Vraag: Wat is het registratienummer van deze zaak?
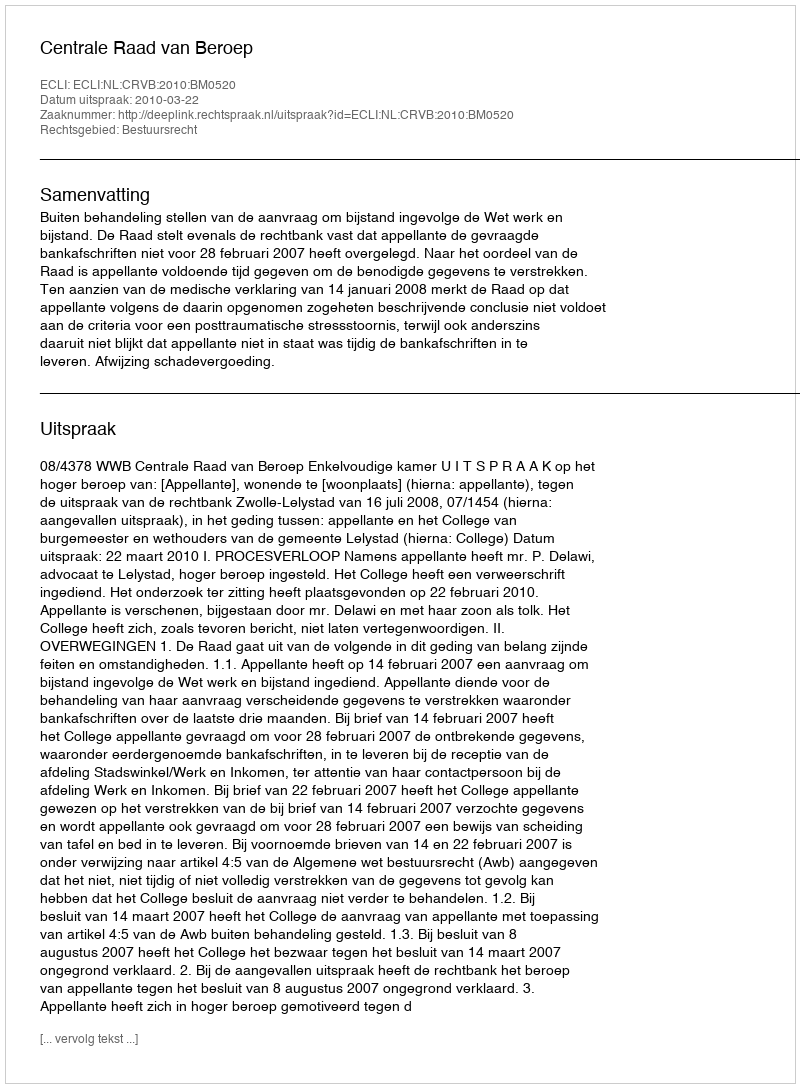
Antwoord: http://deeplink.rechtspraak.nl/uitspraak?id=ECLI:NL:CRVB:2010:BM0520